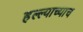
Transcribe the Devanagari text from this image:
हल्ल्याच्याच